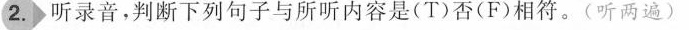
2.听录音,判断下列句子与所听内容是(T)否(F)相符.(听两遍)